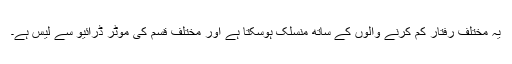
یہ مختلف رفتار کم کرنے والوں کے ساتھ منسلک ہوسکتا ہے اور مختلف قسم کی موٹر ڈرائیو سے لیس ہے۔